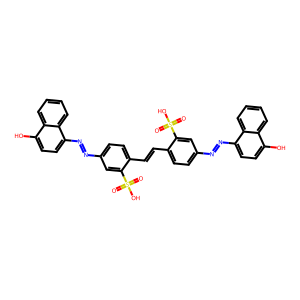
SMILES: O=S(=O)(O)c1cc(N=Nc2ccc(O)c3ccccc23)ccc1C=Cc1ccc(N=Nc2ccc(O)c3ccccc23)cc1S(=O)(=O)O
Inhibits HIV replication: Yes